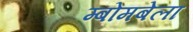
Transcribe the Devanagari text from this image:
म्बोमबेला